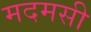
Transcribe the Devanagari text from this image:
मदमसी